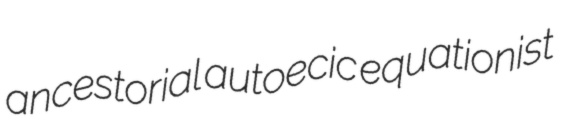
ancestorial autoecic equationist